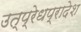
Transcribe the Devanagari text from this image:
उत्प्रेधप्रादेश